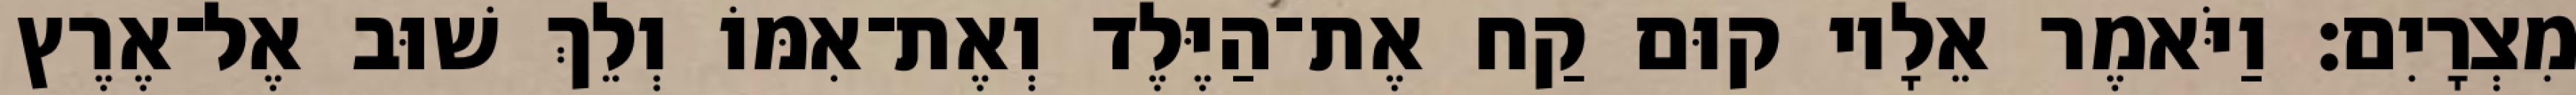
מִצְרָיִם׃ וַיֹּאמֶר אֵלָיו קוּם קַח אֶת־הַיֶּלֶד וְאֶת־אִמּוֹ וְלֵךְ שׁוּב אֶל־אֶרֶץ